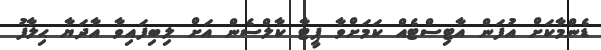
ޑެންމާކަށް އުފަން އާޓިސްޓެއް ކަމަށްވާ ޕީޓާ ކާލްސެން އަށް ލިބިފައިވާ އާދަޔާ ޙިލާފު